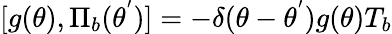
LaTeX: [g(\theta),{\Pi}_{b}({\theta}^{'})]=-{\delta}({\theta}-{\theta}^{'})g(\theta)T_{b}